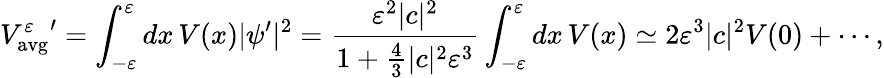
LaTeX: {V_{\mathrm{avg}}^{\varepsilon}}^{\prime}=\int_{-\varepsilon}^{\varepsilon}dx\, V(x)|\psi^{\prime}|^{2}={\frac{\varepsilon^{2}|c|^{2}}{1+{\frac{4}{3}}|c|^{2}\varepsilon^{3}}}\int_{-\varepsilon}^{\varepsilon}dx\, V(x)\simeq 2\varepsilon^{3}|c|^{2}V(0)+\cdots,